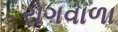
રોગવાળા